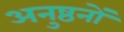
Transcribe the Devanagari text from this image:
अनुष्ठनों